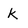
Character: k